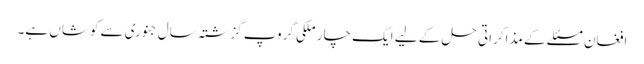
افغان مسئلے کے مذاکراتی حل کے لیے ایک چار ملکی گروپ گزشتہ سال جنوری سے کوشاں ہے۔